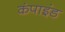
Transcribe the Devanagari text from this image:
कंपाइंड